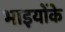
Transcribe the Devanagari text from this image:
भाइयोंके